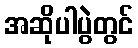
အဆိုပါပွဲတွင်